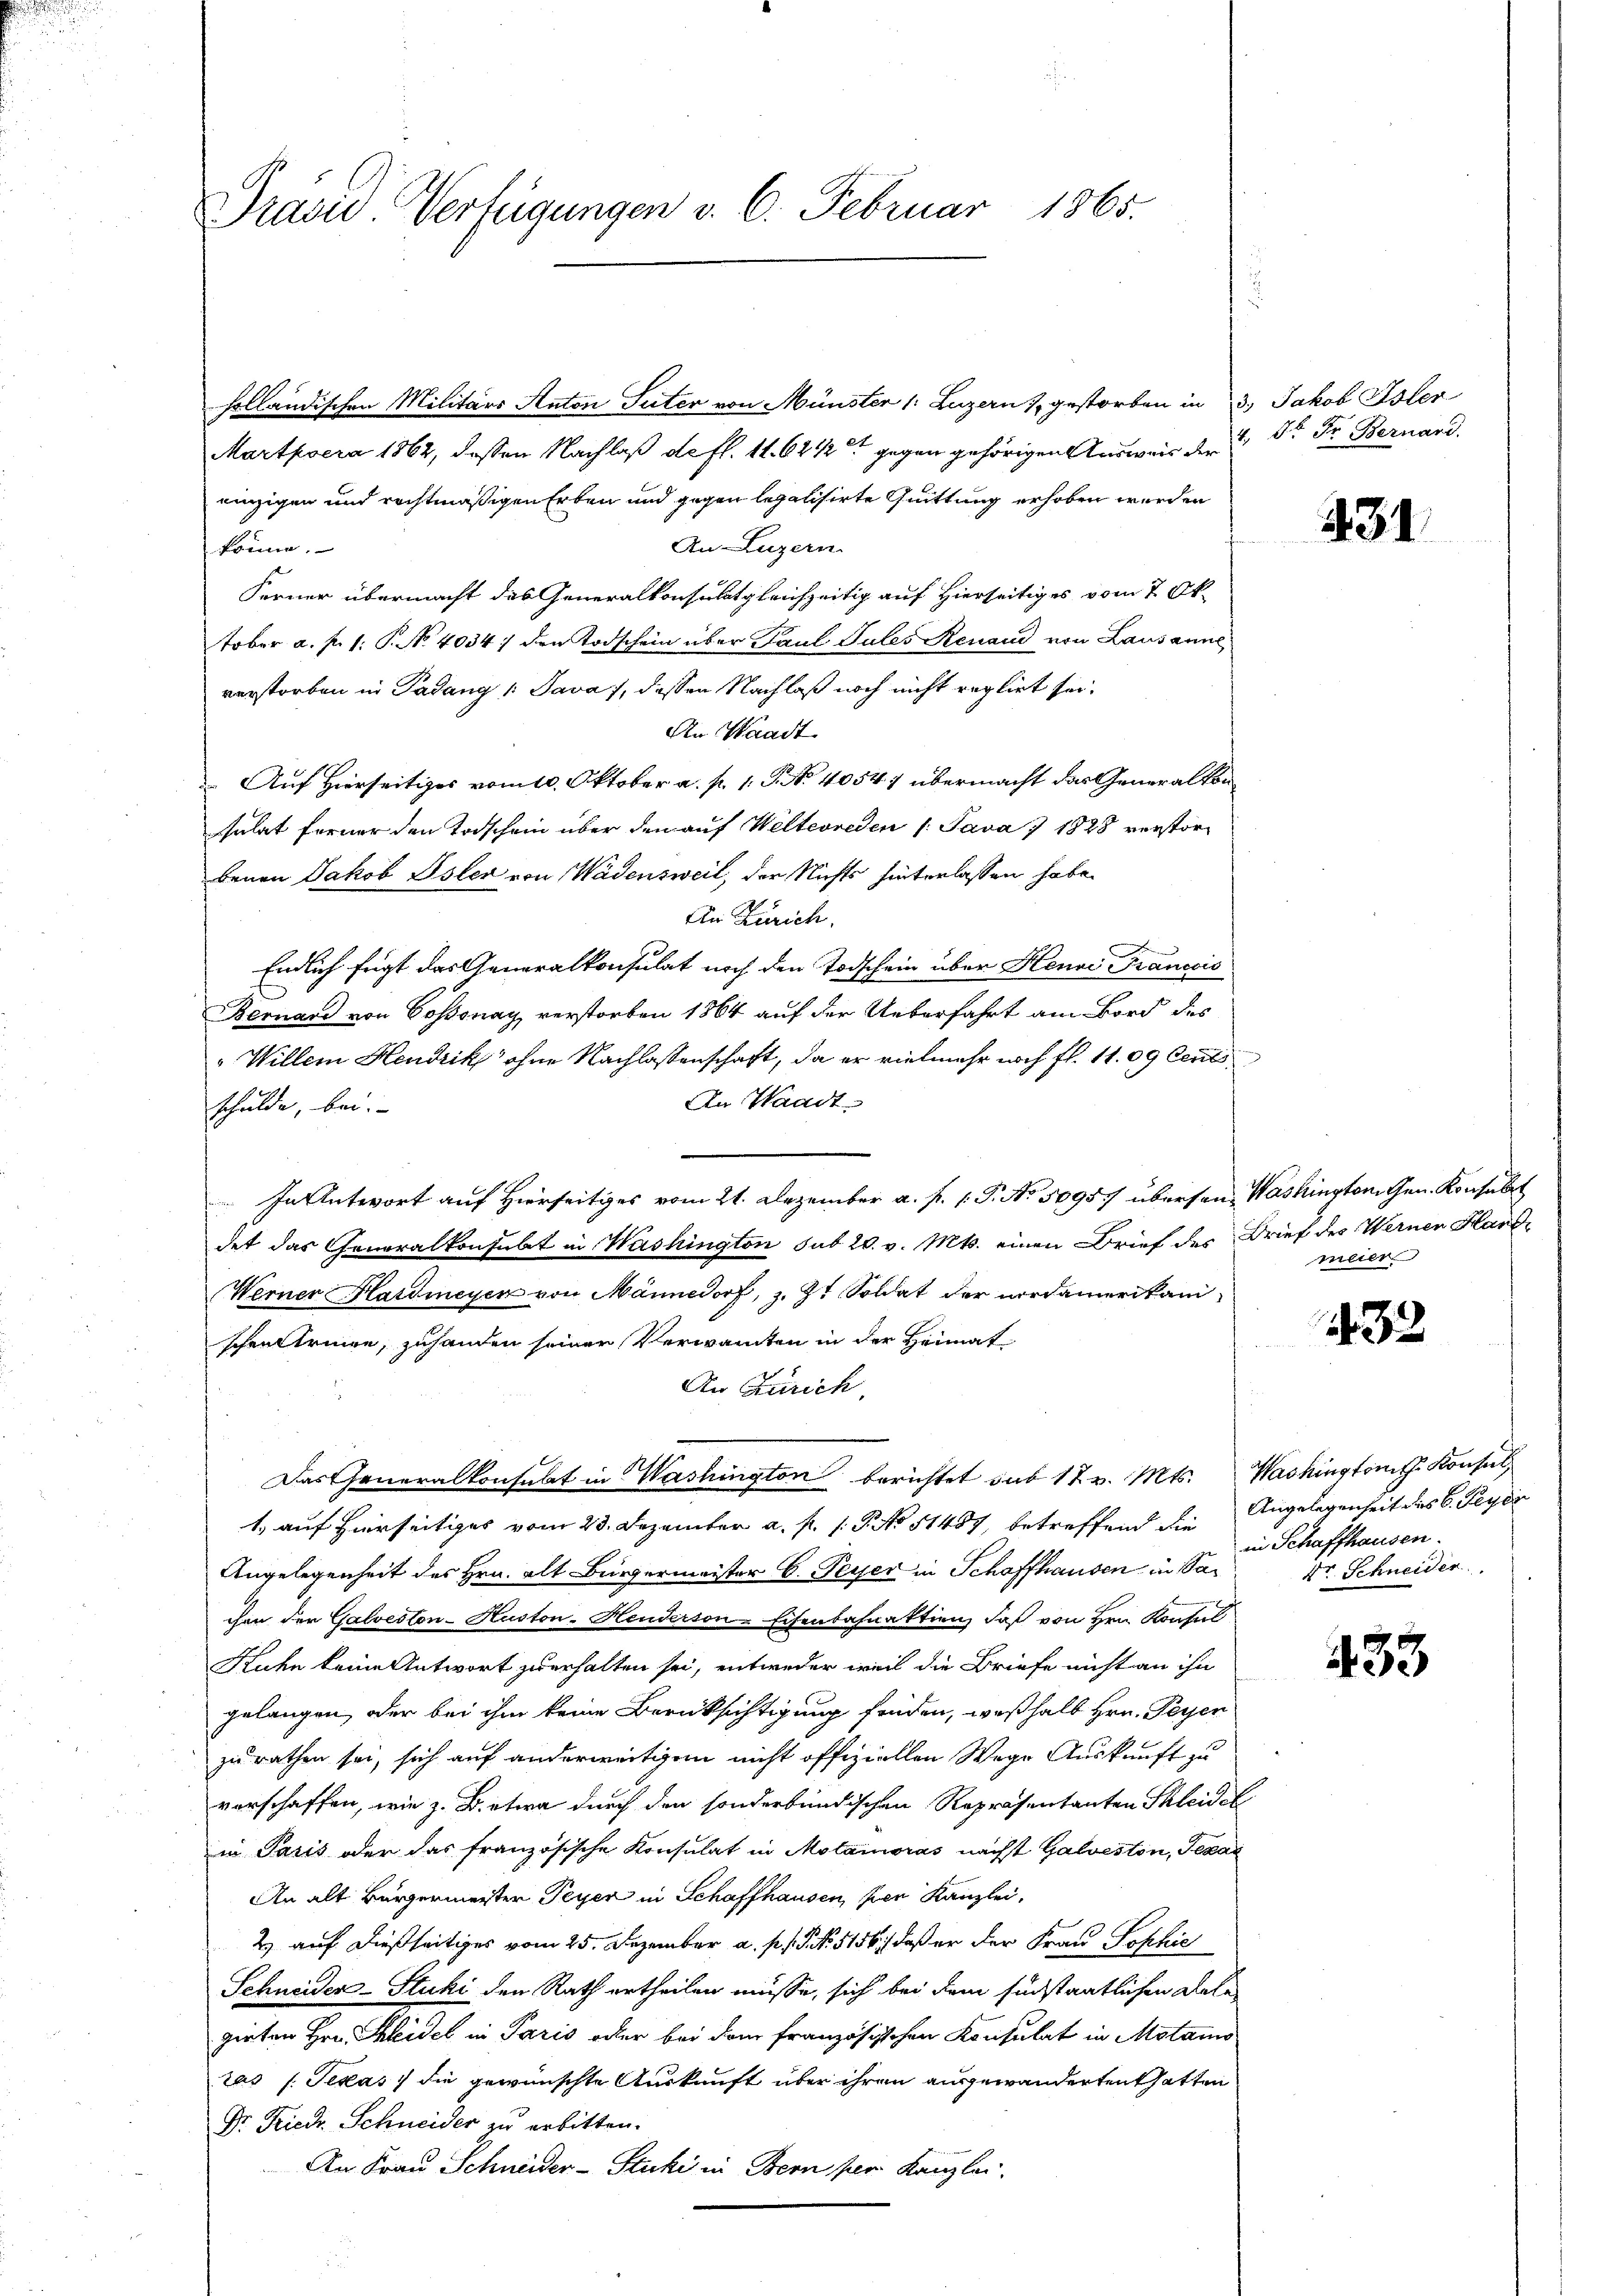
Pravić-Verfügungen v. 6. Februar 1865.

Martpoera 1862, dessen Nachlaß de fl. 11. 6212 gegen gehörigen Ausweis der
einzigen und rechtmäßigen Erben und gegen legalisirte Quittung erhoben werden
An-Luzern.
könne.
Ferner übermacht des Generalkonsulat gleichzeitig auf Hierseitiges vom 7. Oktober a. p. 1. P. No. 4034 den Todschein über Paul Pules Renaud von Lausanne
verstorben in Padung 1 Java 7, dessen Nachlaß noch nicht reglirt sei.
An Waadt
 Auf Hierseitiges vom 10. Oktober a. p. 1. P. Nr. 4054.) übermacht das Generalkon
sulat ferner den Todschein über den auf Welterreden /: Java 7 1828 verstorbenen Jakob Isler von Wädensweil, der Nichts hinterlassen habe.
An Zürich.
Endlich fügt das Generalkonsulat noch den Todschein über Henri Francois
Bernard von Cossonay verstorben 1864 auf der Ueberfahrt am Bord des
"Willem Heudrik ohne Nachlassenschaft, da er vielmehr noch fl. 11. 09 Cent
An Waadt.
schulde, bei.
In Antwort auf Hierseitiges vom 21. Dezember a. f. 1. P. No. 5095/ überson, Washington Gen. Konsulat
det das Generalkonsubt in Washington sub 20. v. Mts. einen Brief des Brief des Wernen Hand¬
Werner Hardmeyer von Männedorf, z. Zt. Soldat der nordamerikani
schenktringe, zuhanden seiner Verwandten in der Heimat
An Zürich
Das Generalkonsulat in Washington berichtet sub 12 v. Mts. Washington Konsul
1. auf hierseitiges vom 23. Dezember a. p. 1. P. No 11457, betreffend die Angelegenheit des C. Peyer
Angelegenheit des Hrn. alt Bürgermeister C. Peyer in Schaffhausen in Sachen der Galveston-Huston-Heuderson-Eisenbahnaktion, daß von Hrn. Konsul
Kuhn keine Antwort zu erhalten sei, entweder weil die Briefe nicht an ihn
gelangen, oder bei ihm keine Berücksichtigung finden, weßhalb Hrn. Peyen
zurathen sei, sich auf anderweitigen nicht offiziellen Wege Auskunft zu
vorschaffen, wie z. B. etwa durch den sonderbändischen Repräsentanten Skleidel
in Paris oder das französische Konsulat in Motamoras nächst Galveston, Texas
An alt Bürgermeister Peyer in Schaffhausen, per Kanzlei,
2) auf dießseitiges vom 25. Dezember a. p. G. No 5156), daß er der Frau Sophis
Schneider-Stuki den Rath ertheilen müsse, sich bei dem sind staatlichen Dele
gieten Hrn. Kleidel in Paris oder bei dem französischen Konsulat in Motamo
ras (Texas die gewünschte Auskunft über ihren ausgewandertent hatten
Dr. Friedr. Schneider zu erbitten.
An Frau Schneider-Stucki in Bern per Kanzlei.

holländischen Militärs Anton Suter von Münster /: Luzern & gestorben in 3. Jakob Isler

4. St. Fr. Bernard.

431.

meier

43.

in Schaffhausen.
Dr Schneider

433